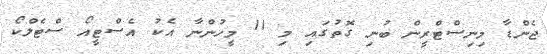
ޖެންޑާ މިނިސްޓްރީން ބުނި ގޮތުގައި މި 11 މީހުންނާ އެކު އެސްޓީއޯ ސްޓެލްކޯ